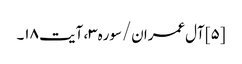
[۵] آل‌عمران/سوره۳، آیت ۱۸۔